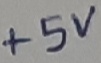
Text: +5V